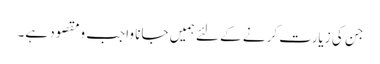
جن کی زیارت کرنے کے لئے ہمیں جانا واجب ومقصود ہے۔